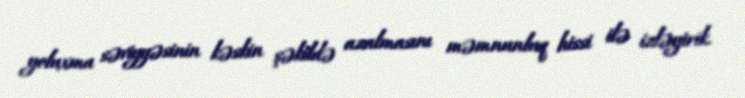
yoluxma səviyyəsinin kəskin şəkildə azalmasını məmnunluq hissi ilə izləyirik.